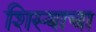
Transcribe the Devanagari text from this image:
शिस्याचा